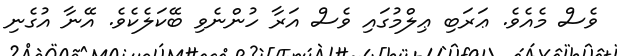
ވެސް މެއެވެ. ޢަރަބި ޢިލްމުގައި ވެސް އަރާ ހުންނެވި ބޭކަލެކެވެ. އޭނާ އުގެނި